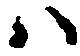
ハ